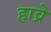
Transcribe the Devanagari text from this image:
हाव्रे